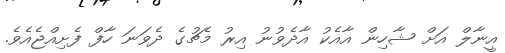
އީނާލް އަށް ޝާހިން އާއެކު އާދެވުނު އިރު މެޗުގެ ދެވަނަ ހާފް ފެށިއްޖެއެވެ.